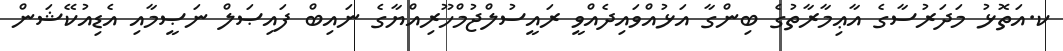
ކ.އަތޮޅު މަދަރުސާގެ އާޢިމާރާތުގެ ބިންގާ އަޅުއްވައިދެއްވީ ރައީސުލްޖުމްހޫރިއްޔާގެ ނައިބް ފައިޞަލް ނަޞީމާއި އެޑިއުކޭޝަން